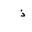
Letter: _thal